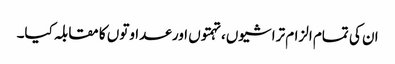
ان کی تمام الزام تراشیوں، تہمتوں اور عداوتوں کا مقابلہ کیا۔